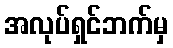
အလုပ်ရှင်ဘက်မှ